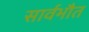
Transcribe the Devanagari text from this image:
सार्वभौत